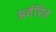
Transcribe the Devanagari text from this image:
अर्वरित